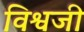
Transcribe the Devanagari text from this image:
विश्वजी